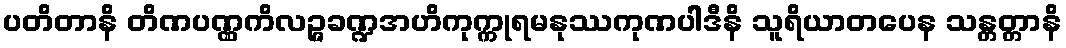
ပတိတာနိ တိဏပဏ္ဏကိလဉ္ဇခဏ္ဍအဟိကုက္ကုရမနုဿကုဏပါဒီနိ သူရိယာတပေန သန္တတ္တာနိ